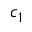
c _ { 1 }